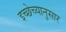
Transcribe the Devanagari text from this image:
इच्छेच्यानुसार